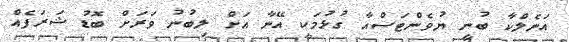
އަނެލްކާ ބުނީ ޔުވެންޓަސްއާ ގުޅުމަކީ އޭނާ އަށް ލިބުނު ވަރަށް ބޮޑު ޝަރަފެއް